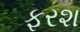
ફરશ